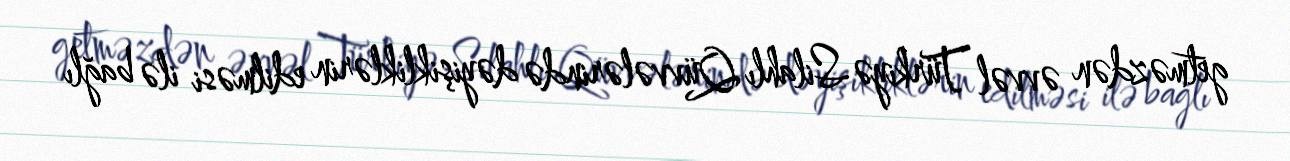
getməzdən əvvəl Türkiyə Silahlı Qüvvələrində dəyişikliklərin edilməsi ilə bağlı